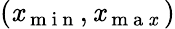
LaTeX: (\mathit{x}_{\mathrm{{~m~i~n~}}},\mathit{x}_{\mathrm{{~m~a~\mathit{x}~}}})